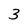
Character: 3